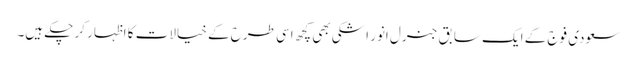
سعودی فوج کے ایک سابق جنرل انور اشکی بھی کچھ اسی طرح کے خیالات کا اظہار کر چکے ہیں۔